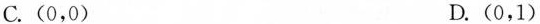
C.(0,0) D.(0,1)